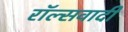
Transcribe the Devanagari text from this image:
रॉल्सवादी